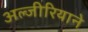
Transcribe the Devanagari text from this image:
अल्जीरियाने